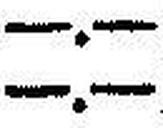
—.—